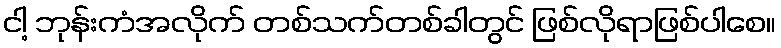
ငါ့ ဘုန်းကံအလိုက် တစ်သက်တစ်ခါတွင် ဖြစ်လိုရာဖြစ်ပါစေ။